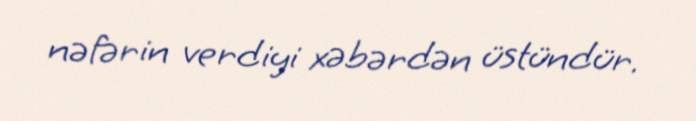
nəfərin verdiyi xəbərdən üstündür.